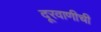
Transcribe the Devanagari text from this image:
दूरवाणीची